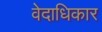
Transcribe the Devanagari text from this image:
वेदाधिकार